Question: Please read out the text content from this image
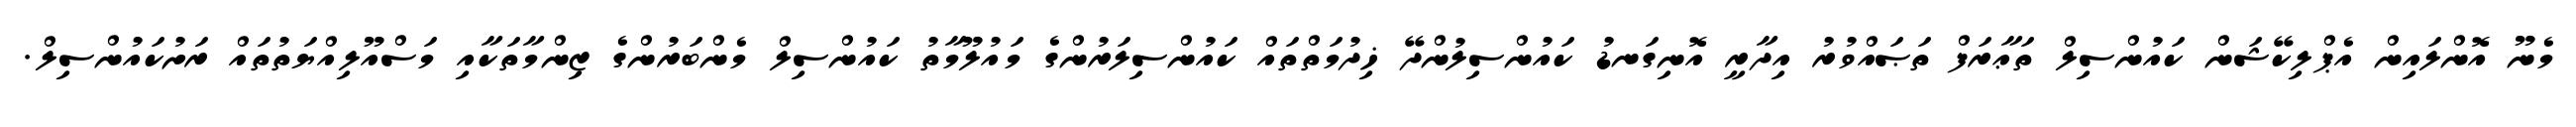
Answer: މެނޫ އޮންލައިން އެޕްލިކޭޝަން ކައުންސިލް ތަޢާރަފް ތަޞައްވުރު އިދާރީ އޮނިގަނޑު ކައުންސިލުންދޭ ޚިދުމަތްތައް ކައުންސިލަރުންގެ މައުލޫމާތު ކައުންސިލް މެންބަރުންގެ ޒިންމާތަކާއި މަސްއޫލިއްޔަތުތައް ރަށުކައުންސިލް.